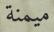
ميمنة